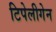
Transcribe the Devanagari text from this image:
टिपेलीगेन